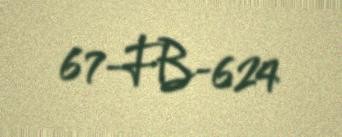
67-FB-624